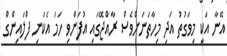
އޭނާ އަކީ މިވަގުތު އަދި މިހާތަނަށްވެސް ރާއްޖޭގައި އުފަންވި ހަމަ އެކަނި ފްލައިންގް